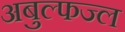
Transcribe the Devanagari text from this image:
अबुल्फज्ल